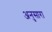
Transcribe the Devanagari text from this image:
अनुसारा